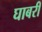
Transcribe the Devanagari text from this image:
घाबरी